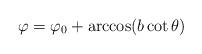
LaTeX: \begin{align*}\varphi =\varphi _{0}+\arccos (b\cot \theta ) \end{align*}